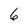
Character: 6